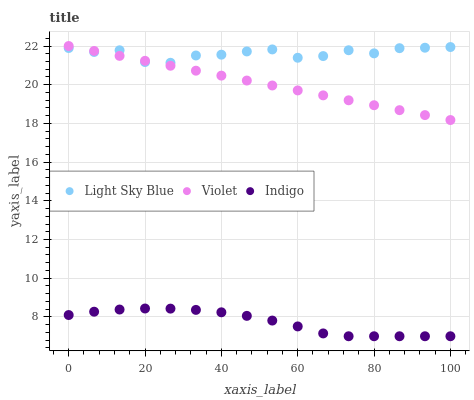
| xaxis_label | Light Sky Blue | Violet | Indigo |
 | --- | --- | --- | --- |
 | 0 | 21.9 | 22 | 8.1 |
 | 6.67 | 21.7 | 21.7 | 8.27 |
 | 13.3 | 21.8 | 21.5 | 8.38 |
 | 20 | 21.2 | 21.2 | 8.43 |
 | 26.7 | 21.1 | 21 | 8.43 |
 | 33.3 | 21.5 | 20.7 | 8.36 |
 | 40 | 21.6 | 20.5 | 8.24 |
 | 46.7 | 21.7 | 20.2 | 8.05 |
 | 53.3 | 21.8 | 20 | 7.81 |
 | 60 | 21.4 | 19.7 | 7.51 |
 | 66.7 | 21.5 | 19.4 | 7.15 |
 | 73.3 | 21.8 | 19.2 | 7 |
 | 80 | 21.6 | 18.9 | 7 |
 | 86.7 | 21.9 | 18.7 | 7 |
 | 93.3 | 21.9 | 18.4 | 7 |
 | 100 | 21.9 | 18.2 | 7 |